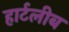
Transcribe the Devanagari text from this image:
हार्टलीब